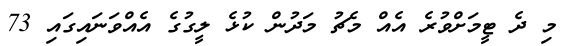
މި ދެ ޓީމަށްވުރެ އެއް މެޗު މަދުން ކުޅެ ލީގުގެ އެއްވަނައިގައި 73